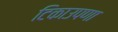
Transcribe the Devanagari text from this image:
टिकाउपणा